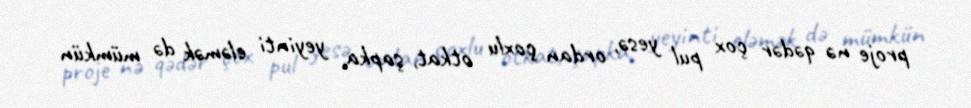
proje nə qədər çox pul yesə, ordan çoxlu otkat, şapka, yeyinti eləmək də mümkün